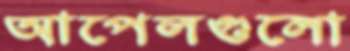
আপেলগুলো